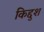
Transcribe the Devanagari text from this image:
किद्दुश